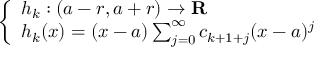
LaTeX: \left\{ \begin{array} { l l } { h _ { k } : ( a - r , a + r ) \to \mathbf { R } } \\ { h _ { k } ( x ) = ( x - a ) \sum _ { j = 0 } ^ { \infty } c _ { k + 1 + j } ( x - a ) ^ { j } } \end{array} \right.